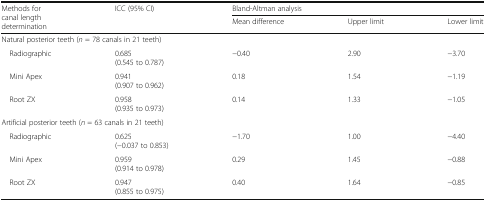
| <ROWSPAN=2> Methods for canal length determination | <ROWSPAN=2> ICC (95% CI) | <COLSPAN=3> Bland-Altman analysis |
 | Mean difference | Upper limit | Lower limit |
 | --- | --- | --- | --- | --- |
 | <COLSPAN=5> Natural posterior teeth (n = 78 canals in 21 teeth) |
 | Radiographic | 0.685(0.545 to 0.787) | −0.40 | 2.90 | −3.70 |
 | Mini Apex | 0.941(0.907 to 0.962) | 0.18 | 1.54 | −1.19 |
 | Root ZX | 0.958(0.935 to 0.973) | 0.14 | 1.33 | −1.05 |
 | <COLSPAN=5> Artificial posterior teeth (n = 63 canals in 21 teeth) |
 | Radiographic | 0.625(−0.037 to 0.853) | −1.70 | 1.00 | −4.40 |
 | Mini Apex | 0.959(0.914 to 0.978) | 0.29 | 1.45 | −0.88 |
 | Root ZX | 0.947(0.855 to 0.975) | 0.40 | 1.64 | −0.85 |